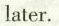
later.